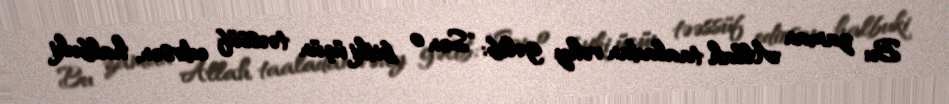
Bu zaman Allah taaladan vəhy gəlib: "Sən o bitki üçün təəssüf edirsən, halbuki